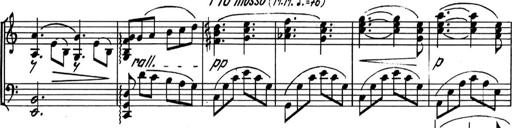
Title: Kleine Sonate
Composer: Raoul Koczalski
Key: C major